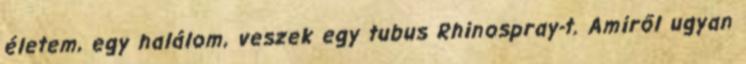
életem, egy halálom, veszek egy tubus Rhinospray-t. Amiről ugyan